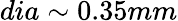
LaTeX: dia\sim 0.35mm